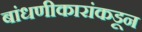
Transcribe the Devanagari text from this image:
बांधणीकारांकडून